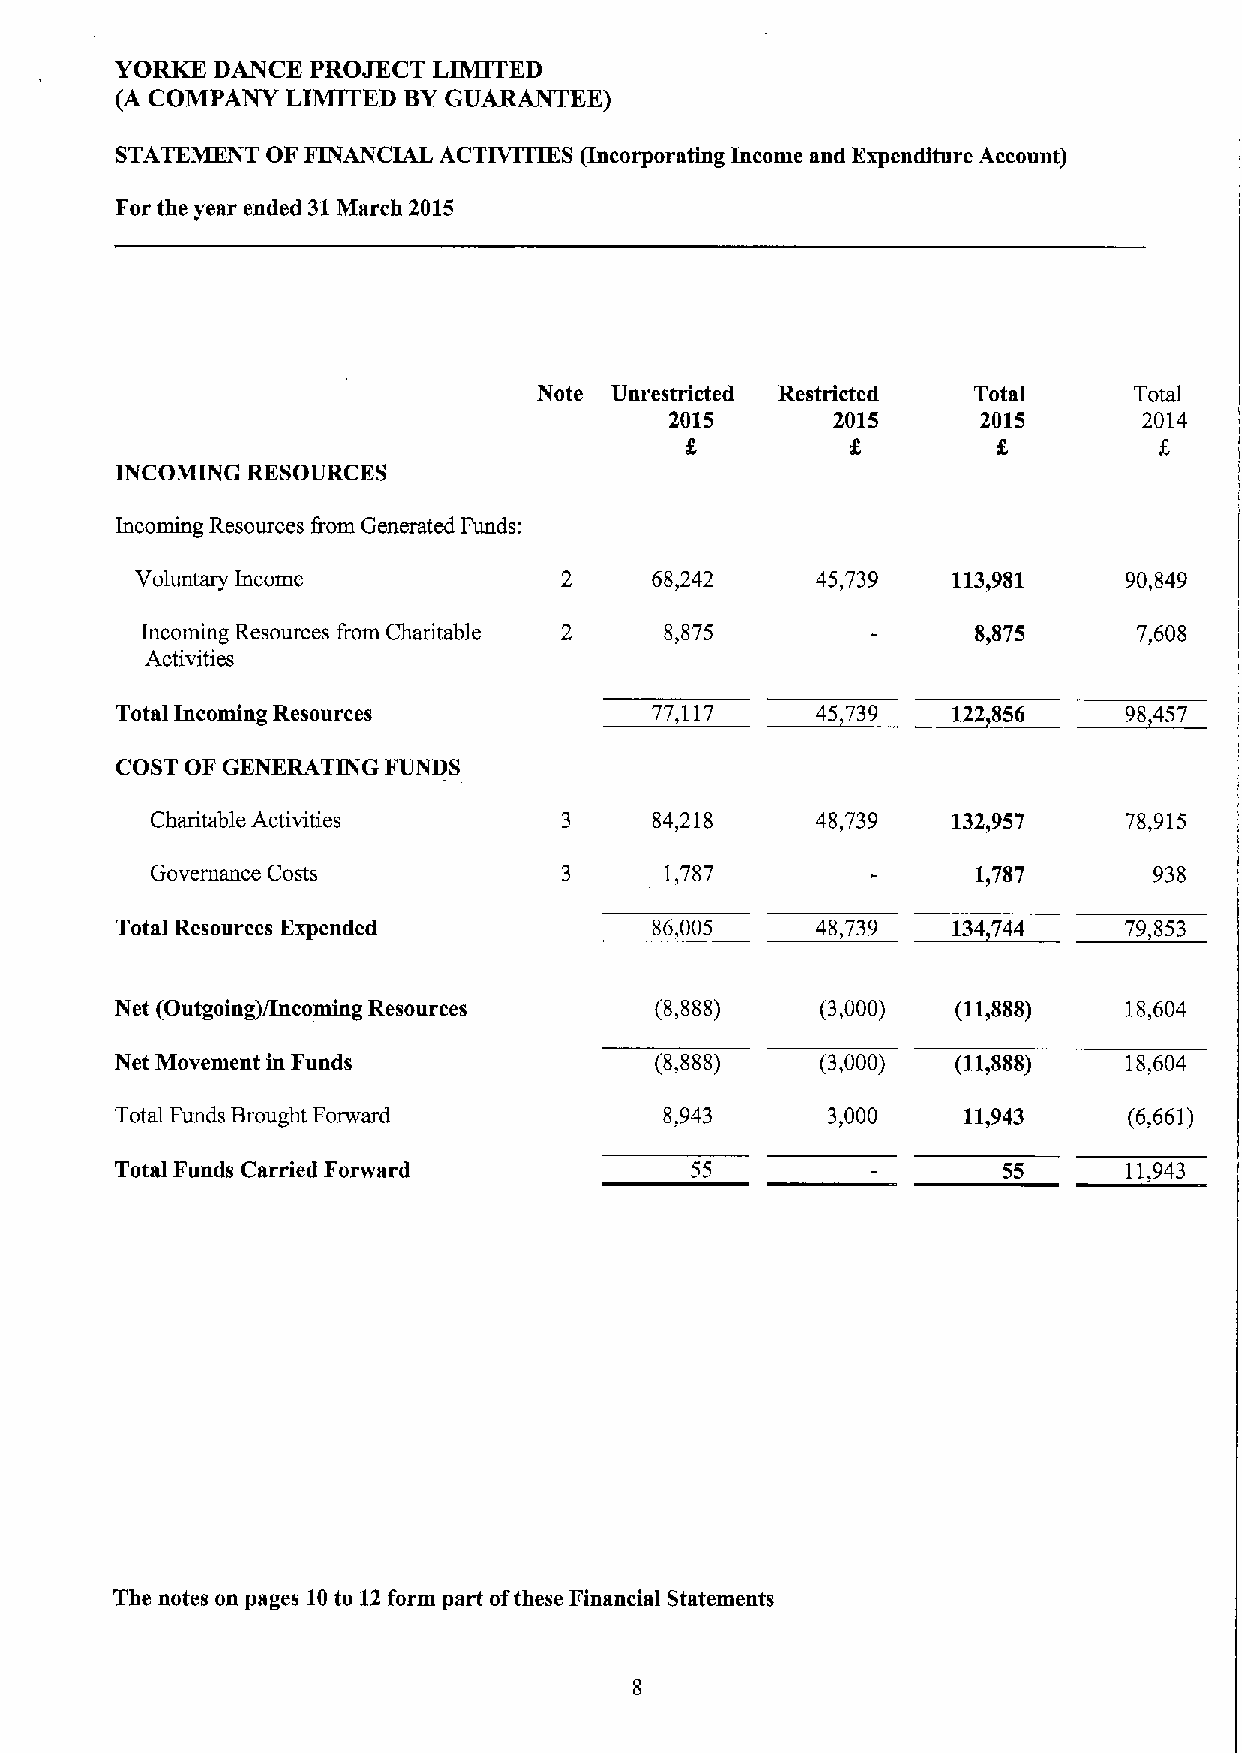
YORKE DANCE  PROJECT LIMITED
 GU~EE)
 (A COMPANY LIMITED BY
 STATEMENT OF FINANCIAL ACTIVITIES (Incorporating Income and Expenditure Account)
 For the year ended 31March 2015
 Note Unrestricted Restricted Total     To&
 2015       2015      2015       2014
 INCOMING RESOURCES
 Incoming Resources from Generated Funds:
 Voluntary Income            2     68,242     45,739   113,981     90,849
 Incoming Resources irom Charitable 2 8,875              8,875     7,608
 Activities
 Total Incoming Resources           77,117     45 739   122854     98457
 COST OF GENERATING FUNDS
 Charitable Activities      3     84,218     48,739   132,957    78,915
 Governance Costs           3      1,787                13787      938
 Total Resources Expended           86,005     48,739   134744     79,853
 Net (Outgoing)/Incoming Resources  (8,888)    (3,000)  (11,888)    18,604
 Net Movement in Funds              (8,888)    (3,000)  (11,888)    18,604
 Total Funds Brought Forward         8,943      3,000    11,943     (6,661)
 Total Funds Carried Forward           55                  55       11,943
 The notes on pages 10to 12form part ofthese Financial Statements